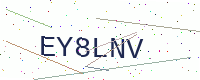
Text: EY8LNV